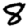
Digit: 8